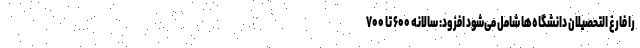
را فارغ التحصیلان دانشگاه‌ها شامل می‌شود افزود: سالانه ۶۰۰ تا ۷۰۰